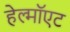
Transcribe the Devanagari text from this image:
हेल्मॉएट